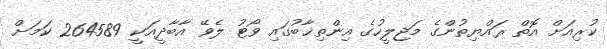
ކުރިއަށް އޮތް ރައްޔިތުންގެ މަޖިލީހުގެ އިންތިޚާބުގައި ވޯޓު ލެވޭ އާބާދީއަކީ 264589 ކަމަށް